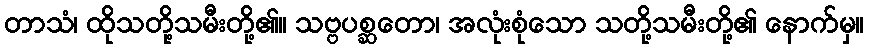
တာသံ၊ ထိုသတို့သမီးတို့၏။ သဗ္ဗပစ္ဆတော၊ အလုံးစုံသော သတို့သမီးတို့၏ နောက်မှ။